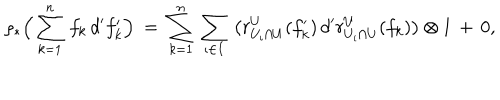
\varrho _ { * } \Big ( \sum _ { k = 1 } ^ { n } \, f _ { k } \, d ^ { \prime } f _ { k } ^ { \prime } \Big ) \: = \: \sum _ { k = 1 } ^ { n } \, \sum _ { \iota \in I } \, \big ( r _ { U _ { \iota } \cap U } ^ { U } ( f _ { k } ^ { \prime } ) \, d ^ { \prime } r _ { U _ { \iota } \cap U } ^ { U } ( f _ { k } ) \big ) \otimes 1 \, + \, 0 ,